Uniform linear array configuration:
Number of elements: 32
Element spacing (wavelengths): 1
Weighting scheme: binomial
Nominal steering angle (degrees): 45
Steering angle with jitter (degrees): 45.941
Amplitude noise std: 0.05
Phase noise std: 0.05

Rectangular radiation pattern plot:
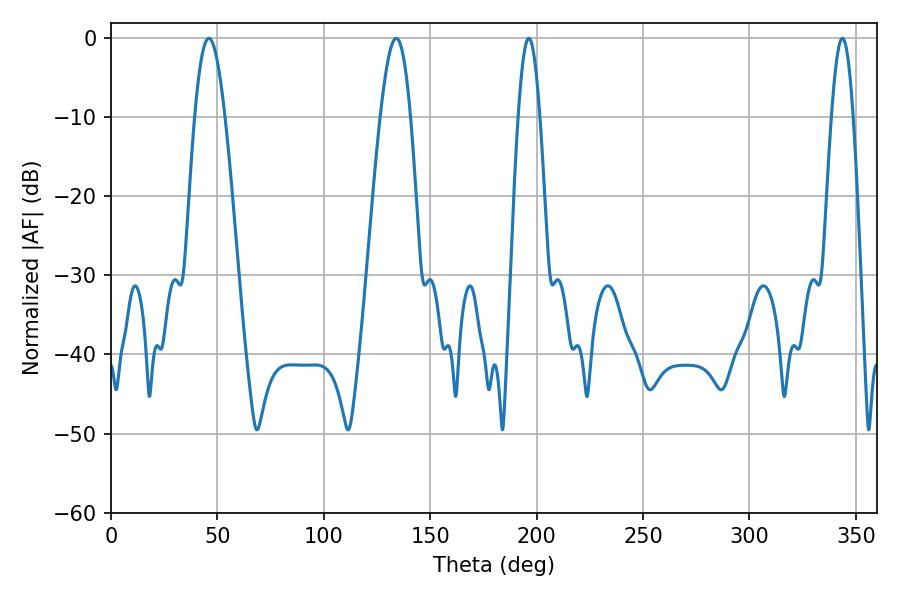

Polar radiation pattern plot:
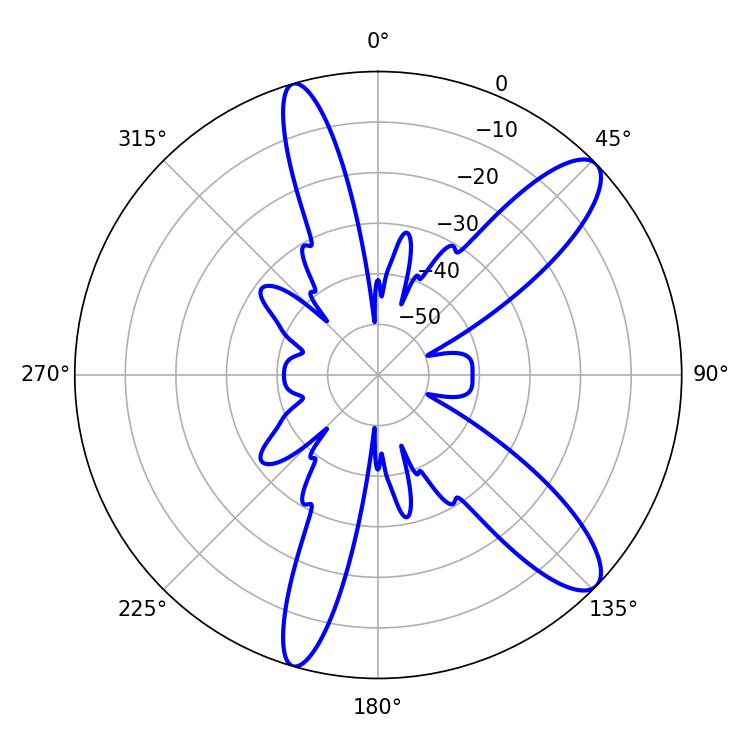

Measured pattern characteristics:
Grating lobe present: TRUE
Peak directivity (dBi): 11.222
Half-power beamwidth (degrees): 7.56
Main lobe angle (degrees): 45.9